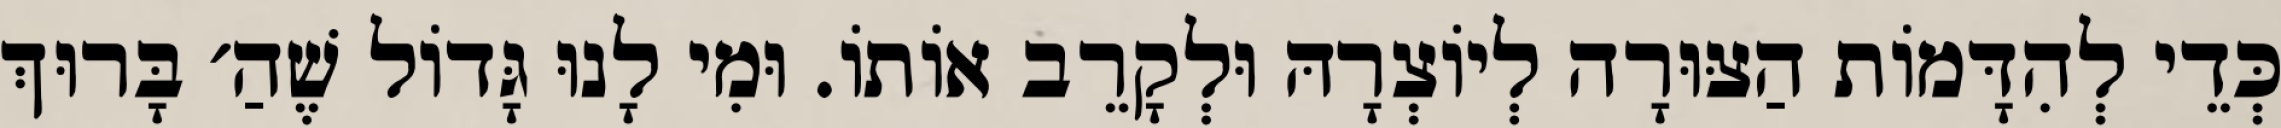
כְּדֵי לְהִדָּמוֹת הַצּוּרָה לְיוֹצְרָהּ וּלְקָרֵב אוֹתוֹ. וּמִי לָנוּ גָּדוֹל שֶׁהַ׳ בָּרוּךְ